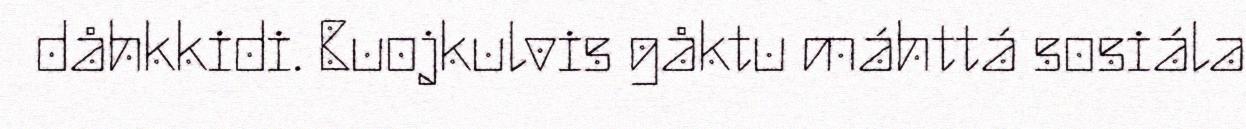
dåhkkidi. Buojkulvis gåktu máhttá sosiála